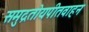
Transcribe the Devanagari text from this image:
समुद्रतोयपीतवाहन